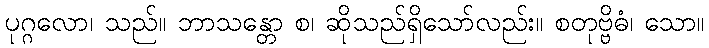
ပုဂ္ဂလော၊ သည်။ ဘာသန္တော စ၊ ဆိုသည်ရှိသော်လည်း။ စတုဗ္ဗိဓံ၊ သော။